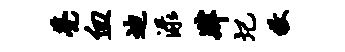
甍血迪渌肄圮牧